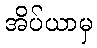
အိပ်ယာမှ